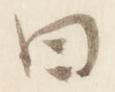
曰